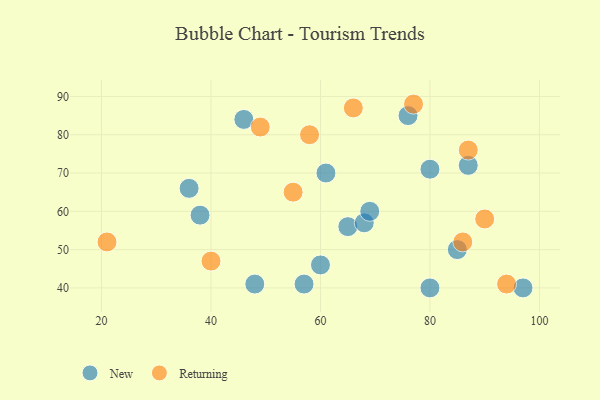
{"axis": {"x": "GDP", "y": "Life Expectancy"}, "legend": ["New", "Returning"], "data": [{"x": "87", "y": 72, "type": "New"}, {"x": "61", "y": 70, "type": "New"}, {"x": "38", "y": 59, "type": "New"}, {"x": "36", "y": 66, "type": "New"}, {"x": "57", "y": 41, "type": "New"}, {"x": "80", "y": 40, "type": "New"}, {"x": "80", "y": 71, "type": "New"}, {"x": "48", "y": 41, "type": "New"}, {"x": "85", "y": 50, "type": "New"}, {"x": "60", "y": 46, "type": "New"}, {"x": "46", "y": 84, "type": "New"}, {"x": "76", "y": 85, "type": "New"}, {"x": "65", "y": 56, "type": "New"}, {"x": "68", "y": 57, "type": "New"}, {"x": "97", "y": 40, "type": "New"}, {"x": "69", "y": 60, "type": "New"}, {"x": "58", "y": 80, "type": "Returning"}, {"x": "94", "y": 41, "type": "Returning"}, {"x": "86", "y": 52, "type": "Returning"}, {"x": "49", "y": 82, "type": "Returning"}, {"x": "21", "y": 52, "type": "Returning"}, {"x": "90", "y": 58, "type": "Returning"}, {"x": "40", "y": 47, "type": "Returning"}, {"x": "87", "y": 76, "type": "Returning"}, {"x": "55", "y": 65, "type": "Returning"}, {"x": "77", "y": 88, "type": "Returning"}, {"x": "66", "y": 87, "type": "Returning"}]}